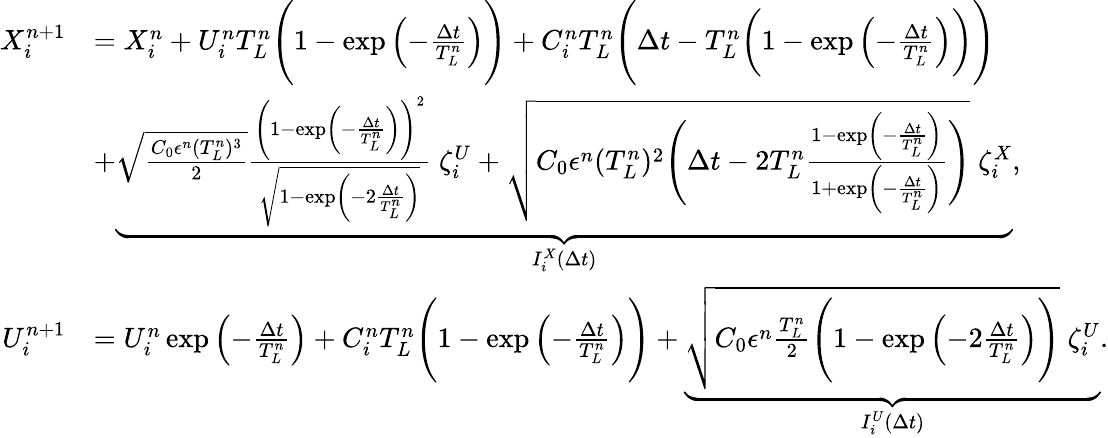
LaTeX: \begin{array}{rl}{X_{i}^{n+1}}&{=X_{i}^{n}+U_{i}^{n}T_{L}^{n}\Bigg(1-\exp\left(-\frac{\Delta t}{T_{L}^{n}}\right)\Bigg)+C_{i}^{n}T_{L}^{n}\Bigg(\Delta t-T_{L}^{n}\bigg(1-\exp\left(-\frac{\Delta t}{T_{L}^{n}}\right)\bigg)\Bigg)}\\ &{+\underbrace{\sqrt{\frac{C_{0}\epsilon^{n}(T_{L}^{n})^{3}}{2}}\frac{\Bigg(1-\exp\left(-\frac{\Delta t}{T_{L}^{n}}\right)\Bigg)^{2}}{\sqrt{1-\exp\left(-2\frac{\Delta t}{T_{L}^{n}}\right)}}\; \zeta_{i}^{U}+\sqrt{C_{0}\epsilon^{n}(T_{L}^{n})^{2}\Bigg(\Delta t-2T_{L}^{n}\frac{1-\exp\left(-\frac{\Delta t}{T_{L}^{n}}\right)}{1+\exp\left(-\frac{\Delta t}{T_{L}^{n}}\right)}\Bigg)}\; \zeta_{i}^{X}}_{I_{i}^{X}(\Delta t)},}\\ {U_{i}^{n+1}}&{=U_{i}^{n}\exp\left(-\frac{\Delta t}{T_{L}^{n}}\right)+C_{i}^{n}T_{L}^{n}\Bigg(1-\exp\left(-\frac{\Delta t}{T_{L}^{n}}\right)\Bigg)+\underbrace{\sqrt{C_{0}\epsilon^{n}\frac{T_{L}^{n}}{2}\Bigg(1-\exp\left(-2\frac{\Delta t}{T_{L}^{n}}\right)\Bigg)}\; \zeta_{i}^{U}}_{I_{i}^{U}(\Delta t)}.}\end{array}